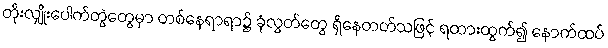
တိုးလျှိုးပေါက်တွဲတွေမှာ တစ်နေရာရာ၌ ခုံလွတ်တွေ ရှိနေတတ်သဖြင့် ရထားထွက်၍ နောက်ထပ်